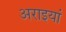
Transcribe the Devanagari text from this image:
अराइयां